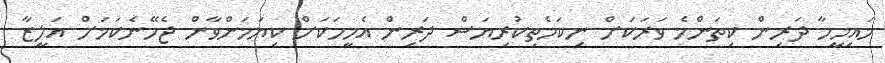
މައިމީހާ ދަރިން ކިތަންމެ ވަރަކަށް ނިކަމެތިކުރިޔަސް ދަރިން އެމީހަކަށް ކިޔަމަންވާން ޖެހޭނެކަމަށް އަލީޒާ